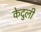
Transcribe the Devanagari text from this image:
केदुली